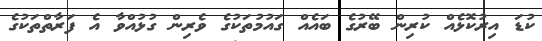
ކުޑަ އިރުކޮޅެއް ކުރިން ބޭރުގެ ބައެއް ގައުމުތަކުގެ ވެރިން ގުޅުއްވާ އެ ފަރާތްތަކުގެ